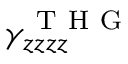
\gamma _ { z z z z } ^ { \mathrm { ~ T ~ H ~ G ~ } }